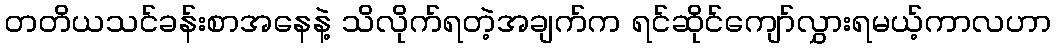
တတိယသင်ခန်းစာအနေနဲ့ သိလိုက်ရတဲ့အချက်က ရင်ဆိုင်ကျော်လွှားရမယ့်ကာလဟာ